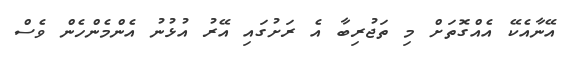
އޭނާއެކޭ އެއްގޮތަށް މި ތަޖުރިބާ އެ ރަށުގައި އޭރު އުޅުނު އެންމެންހެން ވެސް